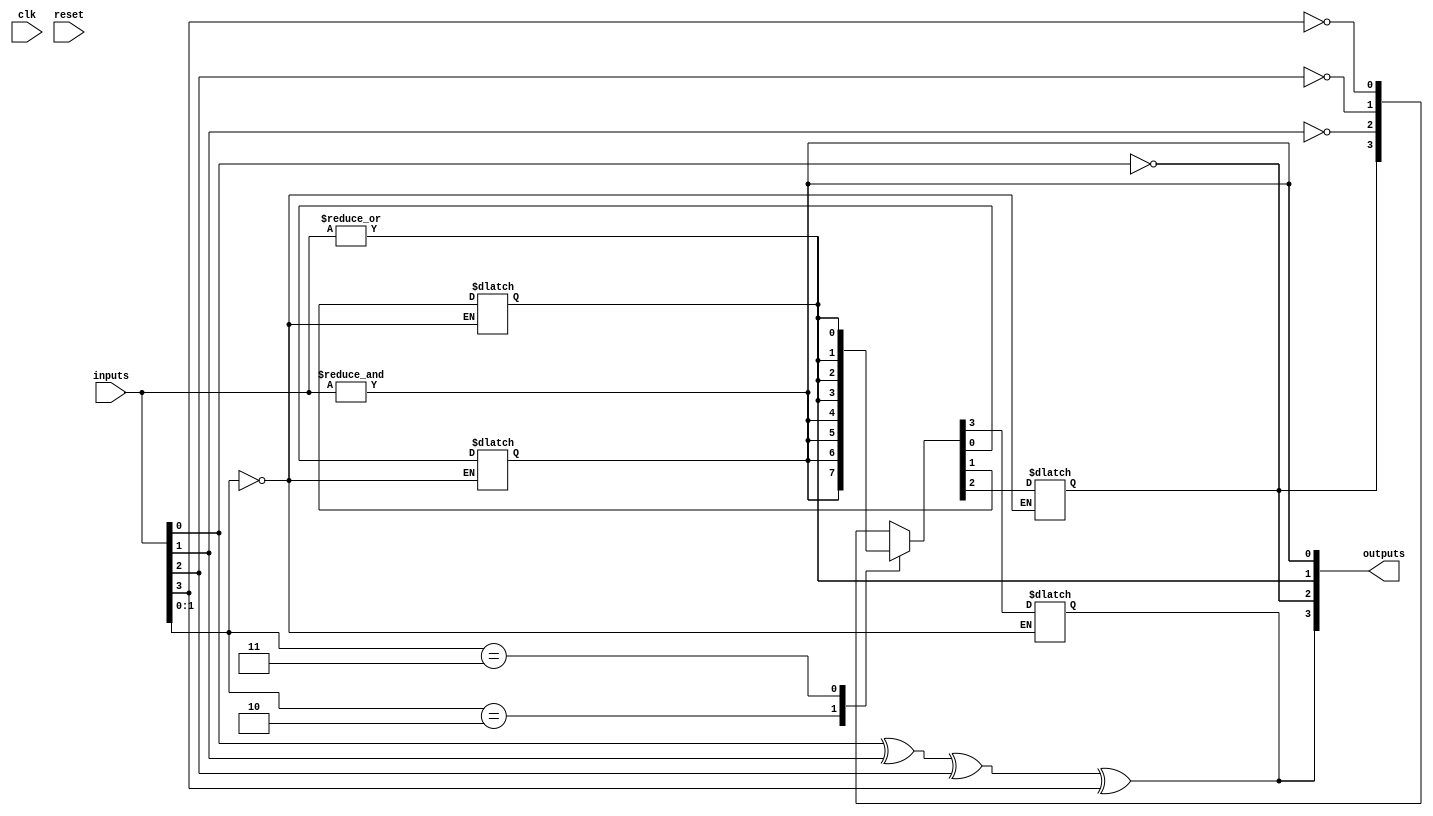
module combinational_logic_block #(
    parameter N = 4,  // Number of input lines
    parameter M = 4   // Number of output lines
)(
    input  wire [N-1:0]  inputs,  // Input signals
    output wire [M-1:0]  outputs,  // Output signals
    input  wire          clk,       // Clock signal (for synchronous designs)
    input  wire          reset      // Reset signal
);

// Internal signals
wire [N-1:0] and_out;
wire [N-1:0] or_out;
wire [N-1:0] not_out;
wire [N-1:0] xor_out;

// Example combinational logic functionality
// AND operation
genvar i;
generate
    for (i = 0; i < N; i = i + 1) begin : and_logic
        assign and_out[i] = &inputs; // AND all inputs
    end
endgenerate

// OR operation
generate
    for (i = 0; i < N; i = i + 1) begin : or_logic
        assign or_out[i] = |inputs;  // OR all inputs
    end
endgenerate

// NOT operation
generate
    for (i = 0; i < N; i = i + 1) begin : not_logic
        assign not_out[i] = ~inputs[i]; // NOT each input
    end
endgenerate

// XOR operation
assign xor_out = inputs[0] ^ inputs[1] ^ inputs[2] ^ inputs[3]; // Example for 4 inputs

// Output logic - Combine the results of various logic operations
assign outputs[0] = and_out[0];  // Example output
assign outputs[1] = or_out[0];   // Example output
assign outputs[2] = not_out[0];   // Example output
assign outputs[3] = xor_out;      // Example output

// Programmable interconnect matrix (simplified)
reg [M-1:0] output_mux;
always @(*) begin
    case (inputs[1:0]) // Example for 2-bit select
        2'b00: output_mux = outputs; // Direct output
        2'b01: output_mux = {not_out[0], not_out[1], not_out[2], not_out[3]};
        2'b10: output_mux = {and_out[0], and_out[1], and_out[2], and_out[3]};
        2'b11: output_mux = {or_out[0], or_out[1], or_out[2], or_out[3]};
        default: output_mux = outputs;
    endcase
end

assign outputs = output_mux; // Final output assignment

// Test points for signal monitoring (optional)
reg [N-1:0] test_inputs;
reg [M-1:0] test_outputs;

always @(posedge clk or posedge reset) begin
    if (reset) begin
        test_inputs <= 0;
        test_outputs <= 0;
    end else begin
        test_inputs <= inputs;
        test_outputs <= outputs;
    end
end

endmodule